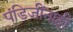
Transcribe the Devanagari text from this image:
पंडिजींनाही